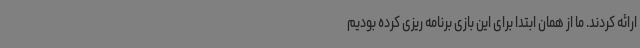
ارائه کردند. ما از همان ابتدا برای این بازی برنامه ریزی کرده بودیم